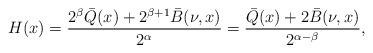
LaTeX: \begin{align*}H(x)=\frac{2^\beta\bar{Q}(x)+2^{\beta+1}\bar{B}(\nu,x)}{2^\alpha}=\frac{\bar{Q}(x)+2\bar{B}(\nu,x)}{2^{\alpha-\beta}},\end{align*}